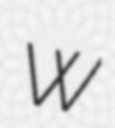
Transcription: W